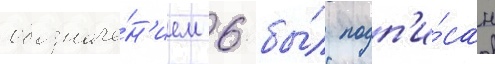
обозначе́н'ием 6 бы́л подп'и́сан